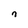
Character: n